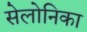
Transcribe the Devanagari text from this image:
सेलोनिका